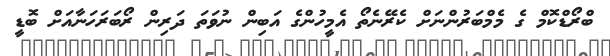
ބްރޯޑްކޮމް ގެ މެމްބަރުންނަށް ކެރޭނެތޯ އެމީހުންގެ އަބިން ނުވަތަ ދަރިން ރޯބަރަހަނާއަށް ބޮޑީ